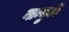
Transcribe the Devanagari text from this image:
नान्युकी